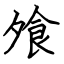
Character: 飧